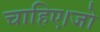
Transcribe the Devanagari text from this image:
चाहिए।जो